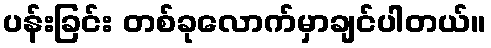
ပန်းခြင်း တစ်ခုလောက်မှာချင်ပါတယ်။